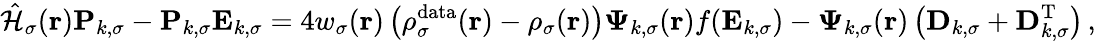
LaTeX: \hat{\mathcal{{H}}}_{\sigma}(\boldsymbol{\textbf{r}})\mathbf{P}_{k,\sigma}-\mathbf{P}_{k,\sigma}\mathbf{E}_{k,\sigma}=4w_{\sigma}(\boldsymbol{\textbf{r}})\left(\rho_{\sigma}^{\mathrm{data}}(\boldsymbol{\textbf{r}})-\rho_{\sigma}(\boldsymbol{\textbf{r}})\right)\boldsymbol{\Psi}_{k,\sigma}(\boldsymbol{\textbf{r}})f(\mathbf{E}_{k,\sigma})-\boldsymbol{\Psi}_{k,\sigma}(\boldsymbol{\textbf{r}})\left(\mathbf{D}_{k,\sigma}+\mathbf{D}_{k,\sigma}^{\mathrm{T}}\right)\, ,